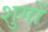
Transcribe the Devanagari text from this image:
शुगों